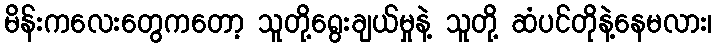
မိန်းကလေးတွေကတော့ သူတို့ရွေးချယ်မှုနဲ့ သူတို့ ဆံပင်တိုနဲ့နေမလား၊